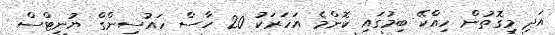
އަދި މިގޮތުން ހިއްކޭ ބިމުގައި ކޮންމެ އަހަރަކު 20 ހާސް ހައުސިންގް ޔުނިޓްސް